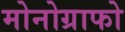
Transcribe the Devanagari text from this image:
मोनोग्राफो